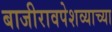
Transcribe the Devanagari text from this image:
बाजीरावपेशव्याच्या